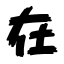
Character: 在